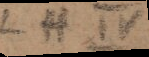
L et B